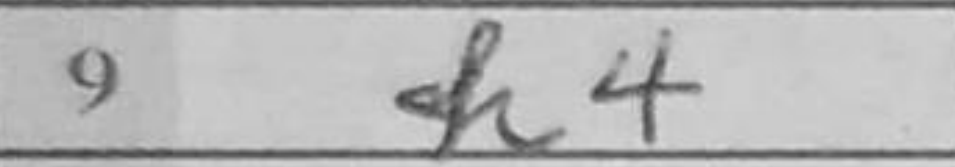
Transcription: h4